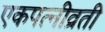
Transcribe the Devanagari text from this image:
एकपत्‍नीव्रती